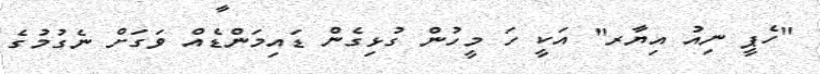
"ހެޕީ ނިއު އިޔާރ" އަކީ ހަ މީހުން ގުޅިގެން ޑައިމަންޑެއް ވަގަށް ނެގުމުގެ